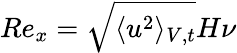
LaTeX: Re_{x}=\sqrt{\langle u^{2}\rangle_{V,t}}H\nu